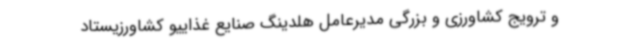
و ترویج کشاورزی و بزرگی مدیرعامل هلدینگ صنایع غذاییو کشاورزیستاد